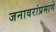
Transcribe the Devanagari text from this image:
जनावरांप्रमाणे